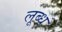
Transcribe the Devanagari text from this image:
लूब्ध